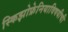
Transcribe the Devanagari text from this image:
स्किझोफ्रेनियाविषयीची